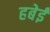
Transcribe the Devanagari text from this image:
हबेई